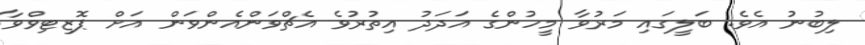
ލިބުނު އެވެ. ބަލީގައި މަރުވާ މީހުންގެ އަދަދު އިތުރުވެ އެޗްވަންއެންވަން އަށް ޕޮޒިޓިވްވާ